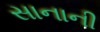
સાનાની